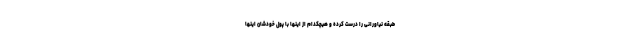
طبقه نیاورانی را درست کرده و هیچکدام از اینها با پول خودشان اینها